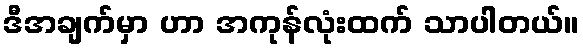
ဒီအချက်မှာ ဟာ အကုန်လုံးထက် သာပါတယ်။